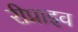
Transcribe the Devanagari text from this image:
रीप्राइव